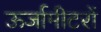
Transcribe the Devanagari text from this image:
ऊर्जामीटरों